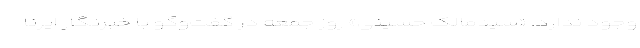
وجود ندارد. «سیدمالک حسینی» روز جمعه در گفت‌وگو با خبرنگار ایرنا